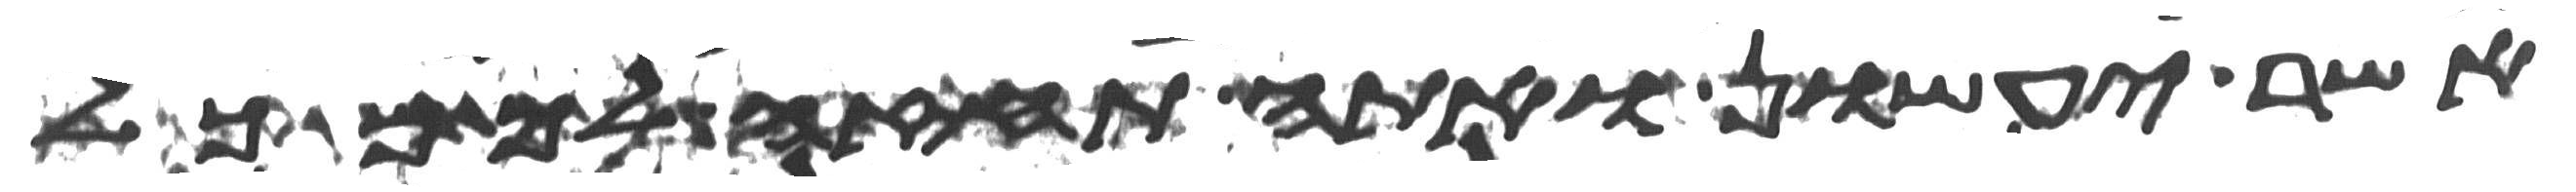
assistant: אשר יעשון ואתה תחזה לך מכל